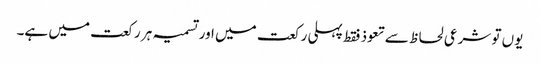
یوں تو شرعی لحاظ سے تعوذ فقط پہلی رکعت میں اور تسمیہ ہر رکعت میں ہے۔